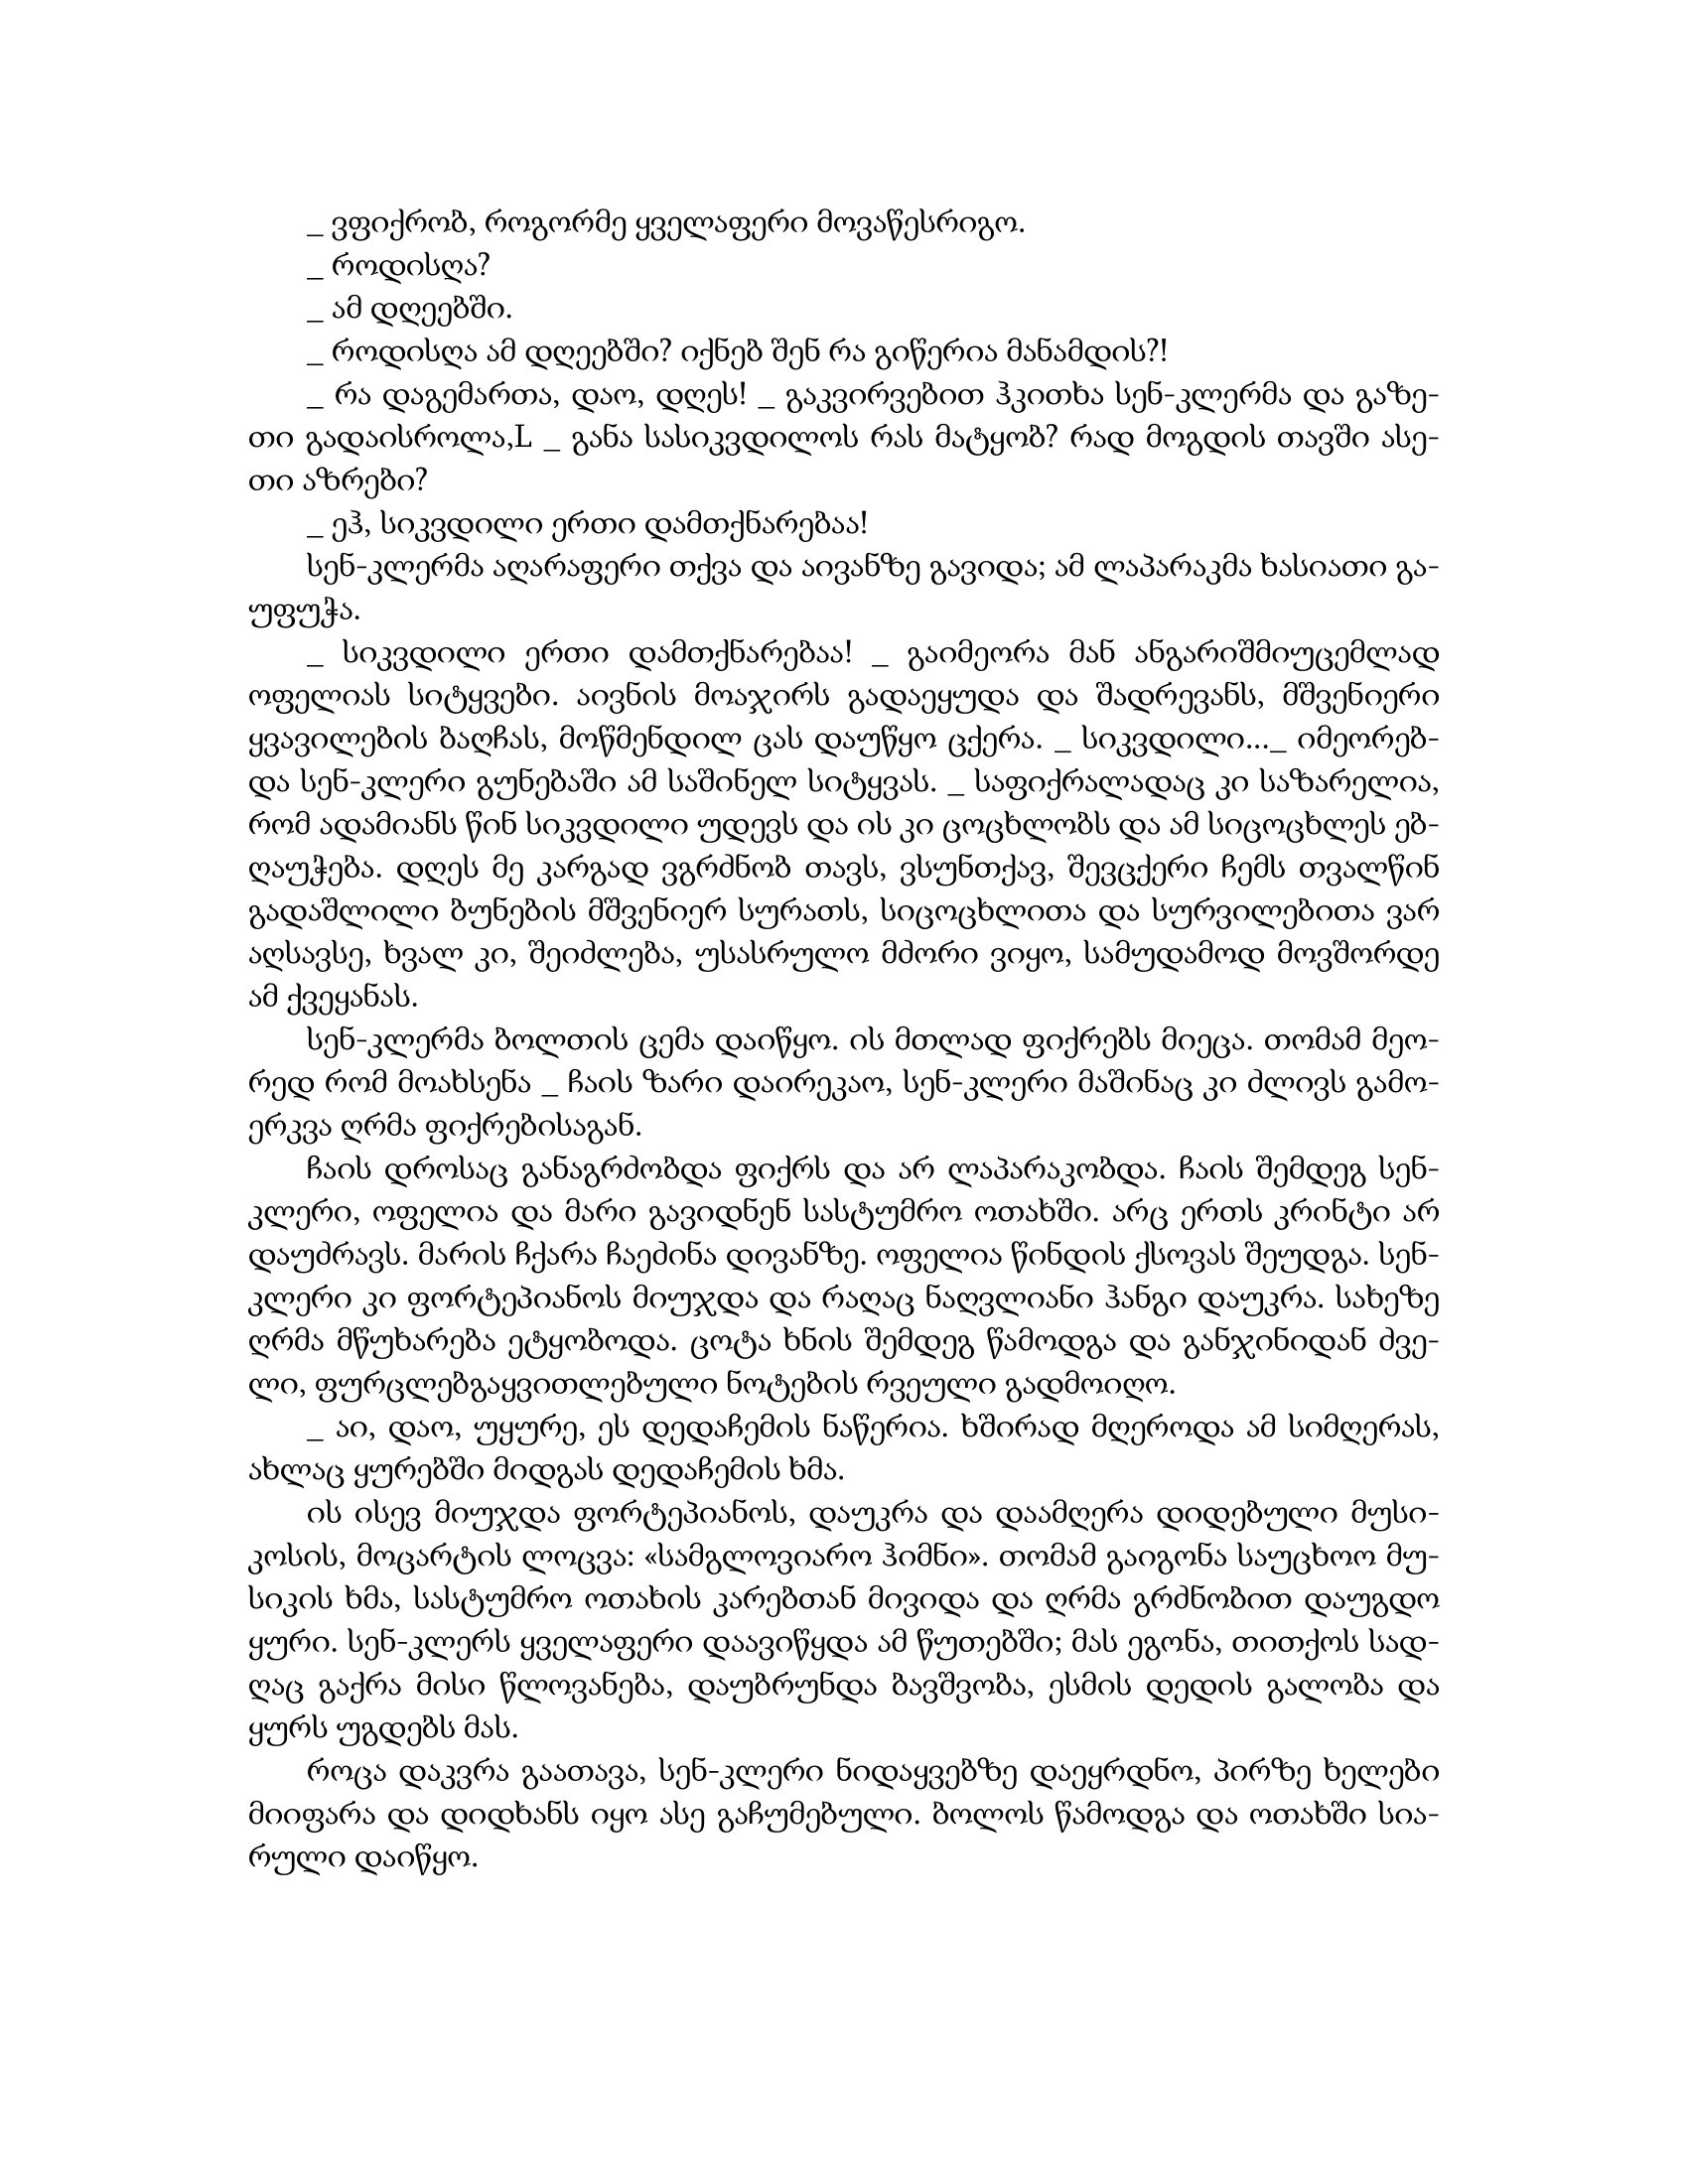
Language: gr